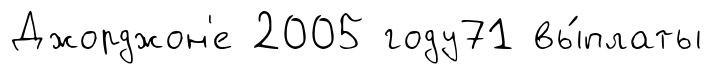
Джорджон'е 2005 году71 вы́платы